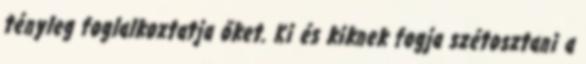
tényleg foglalkoztatja őket. Ki és kiknek fogja szétosztani a